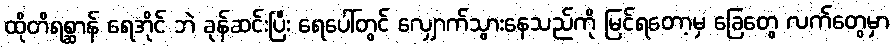
ထိုတိရစ္ဆာန် ရေအိုင် ဘဲ ခုန်ဆင်းပြီး ရေပေါ်တွင် လျှောက်သွားနေသည်ကို မြင်ရတော့မှ ခြေတွေ လက်တွေမှာ